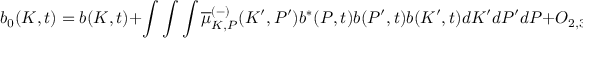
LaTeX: b _ { 0 } ( K , t ) = b ( K , t ) + \int \int \int \overline { { { \mu } } } _ { K , P } ^ { ( - ) } ( K ^ { \prime } , P ^ { \prime } ) b ^ { \ast } ( P , t ) b ( P ^ { \prime } , t ) b ( K ^ { \prime } , t ) d K ^ { \prime } d P ^ { \prime } d P + O _ { 2 , 3 }